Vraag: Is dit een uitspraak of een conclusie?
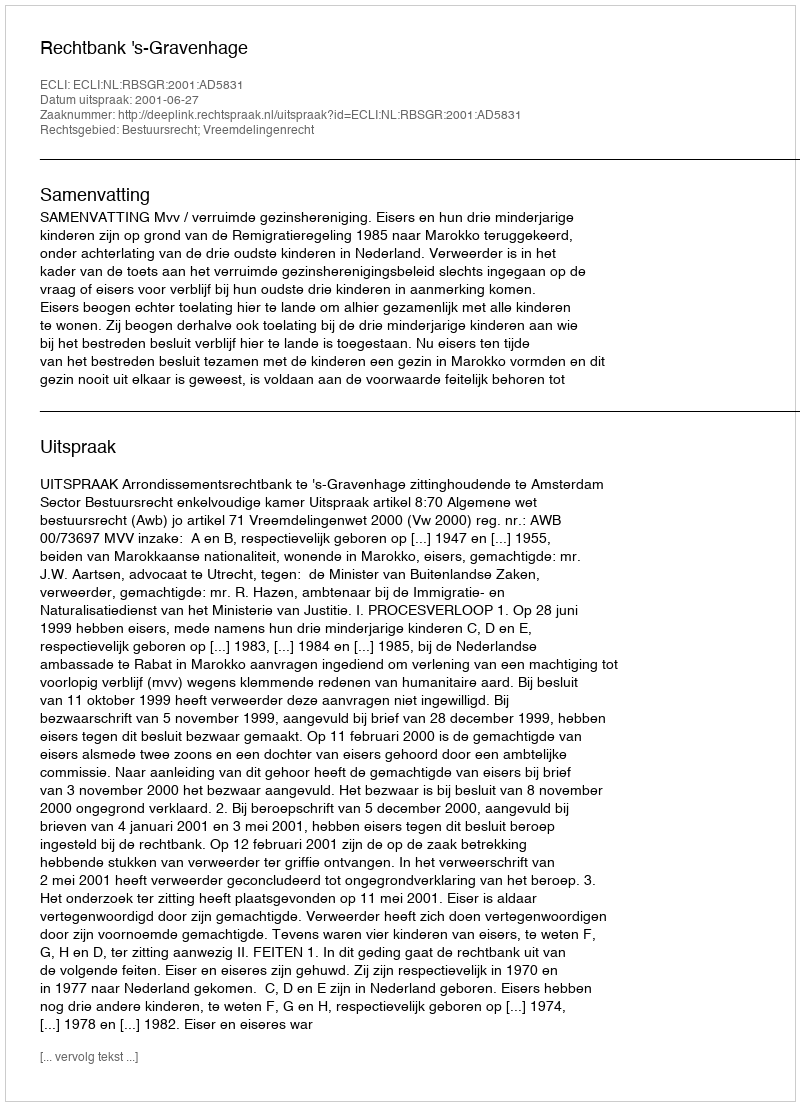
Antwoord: Uitspraak